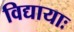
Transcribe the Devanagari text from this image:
विद्यायाः